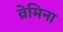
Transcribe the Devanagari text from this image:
व्रेमिना